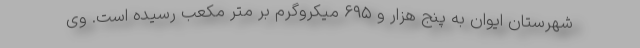
شهرستان ایوان به پنج هزار و ۶۹۵ میکروگرم بر متر مکعب رسیده است. وی